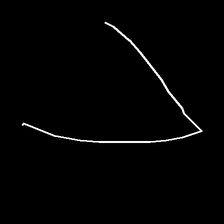
Glyph: region